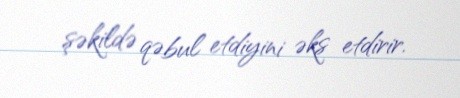
şəkildə qəbul etdiyini əks etdirir.